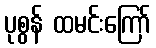
ပုစွန် ထမင်းကြော်